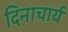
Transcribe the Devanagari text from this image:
दिनाचार्य